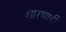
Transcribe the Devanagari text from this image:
शारणार्थी